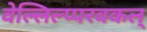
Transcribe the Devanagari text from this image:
वेल्लिल्प्परवकल्